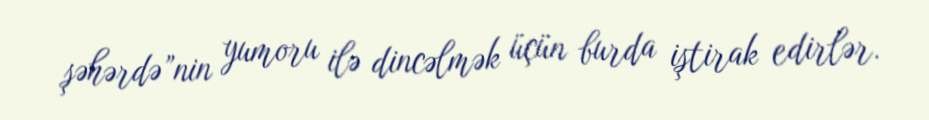
şəhərdə”nin yumoru ilə dincəlmək üçün burda iştirak edirlər.